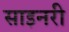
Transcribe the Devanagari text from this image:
साइनरी